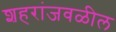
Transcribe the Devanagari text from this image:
शहरांजवळील